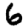
Digit: 6